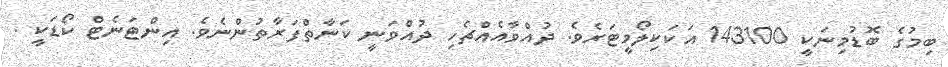
ބިމުގެ ބޮޑުމިނަކީ 143100 އަކަކިލޯމީޓަރެވެ. ދުއްވާއެއްޗެހި ދުއްވަނީ ކަނާތްފަރާތުންނެވެ. އިންޓަނެޓް ކޯޑަކީ .